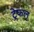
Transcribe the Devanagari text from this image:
ट्रेफल